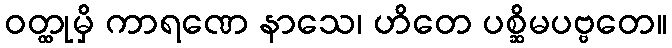
ဝတ္ထုမှိ ကာရဏေ နာသေ၊ ဟိတေ ပစ္ဆိမပဗ္ဗတေ။